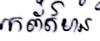
រកព័ត៌មាន